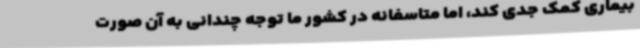
بیماری کمک جدی کند، اما متاسفانه در کشور ما توجه چندانی به آن صورت